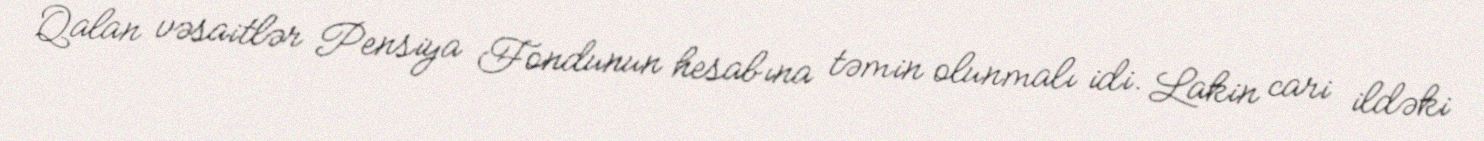
Qalan vəsaitlər Pensiya Fondunun hesabına təmin olunmalı idi. Lakin cari ildəki